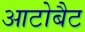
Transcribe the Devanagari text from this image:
आटोबैट